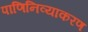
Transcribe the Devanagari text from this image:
पाणिनिव्याकरण